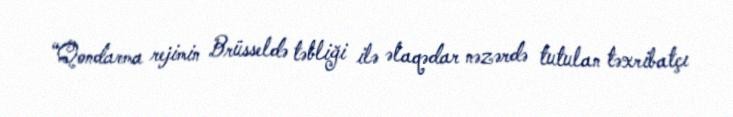
“Qondarma rejimin Brüsseldə təbliği ilə əlaqədar nəzərdə tutulan təxribatçı